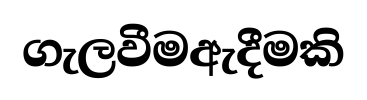
ගැලවීමඇදීමකි